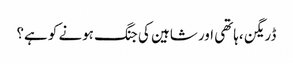
ڈریگن ،ہاتھی اور شاہین کی جنگ ہونے کو ہے؟